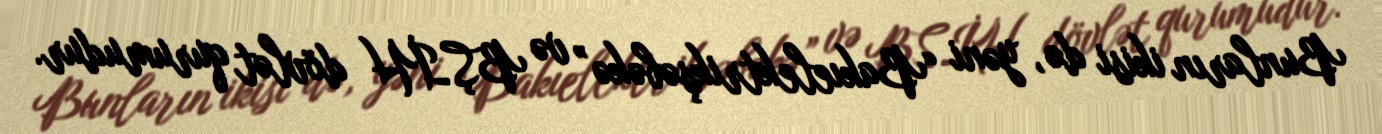
Bunların ikisi də, yəni “Bakıelektrikşəbəkə” və BŞİH dövlət qurumudur.